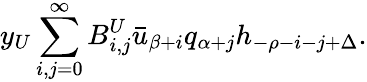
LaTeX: y_{U}\sum_{i,j=0}^{\infty}B_{i,j}^{U}\bar{u}_{\beta+i}q_{\alpha+j}h_{-\rho-i-j+\Delta}.